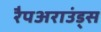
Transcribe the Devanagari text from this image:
रैपअराउंड्स